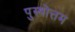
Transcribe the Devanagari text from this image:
पुस्र्षोत्तम